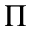
\Pi